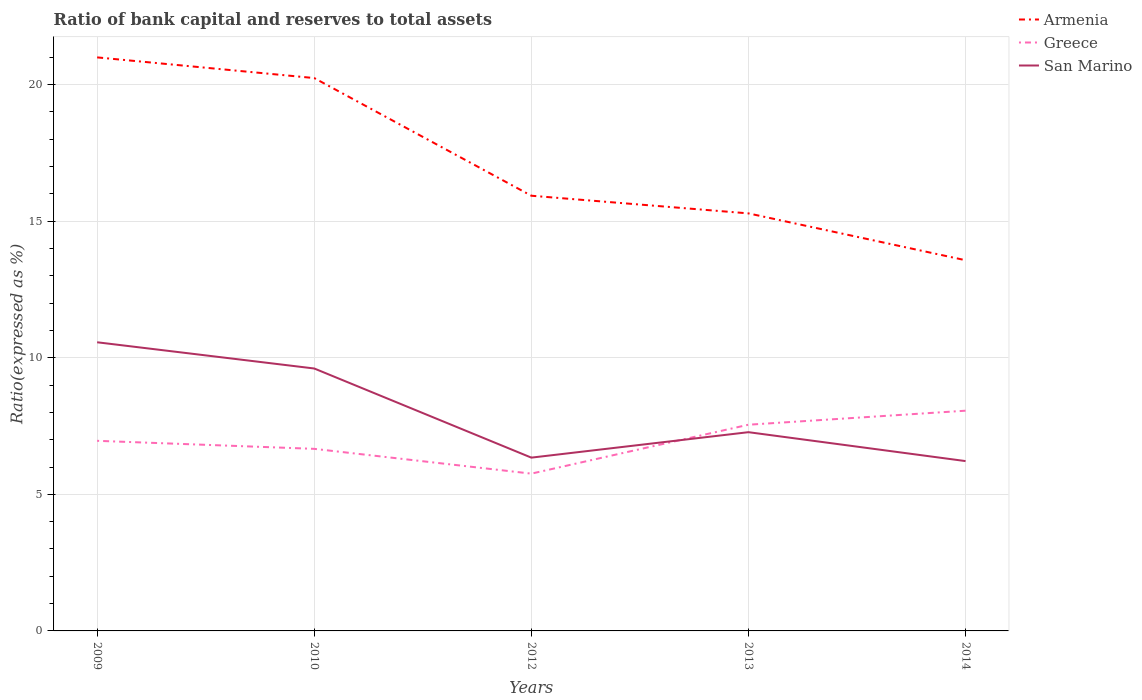
| Years | Armenia | Greece | San Marino |
 | --- | --- | --- | --- |
 | 2009 | 21 | 6.96 | 10.6 |
 | 2010 | 20.2 | 6.66 | 9.61 |
 | 2012 | 15.9 | 5.76 | 6.34 |
 | 2013 | 15.3 | 7.55 | 7.28 |
 | 2014 | 13.6 | 8.06 | 6.22 |